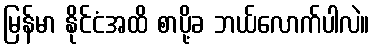
မြန်မာ နိုင်ငံအထိ စာပို့ခ ဘယ်လောက်ပါလဲ။